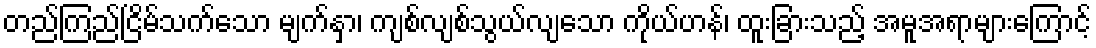
တည်ကြည်ငြိမ်သက်သော မျက်နှာ၊ ကျစ်လျစ်သွယ်လျသော ကိုယ်ဟန်၊ ထူးခြားသည့် အမူအရာများကြောင့်